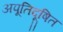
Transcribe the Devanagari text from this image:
अपूतिदूषित